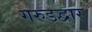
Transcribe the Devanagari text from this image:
गरुडद्वार